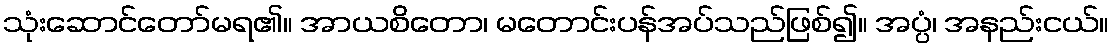
သုံးဆောင်တော်မရ၏။ အာယစိတော၊ မတောင်းပန်အပ်သည်ဖြစ်၍။ အပ္ပံ၊ အနည်းငယ်။